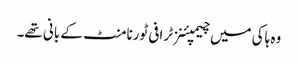
وہ ہاکی میں چیمپئنز ٹرافی ٹورنامنٹ کے بانی تھے۔